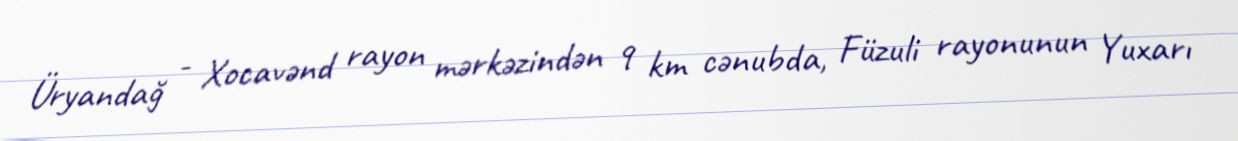
Üryandağ - Xocavənd rayon mərkəzindən 9 km cənubda, Füzuli rayonunun Yuxarı